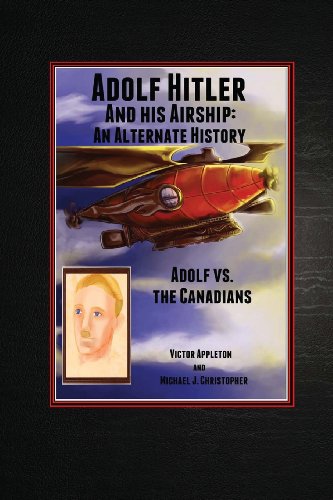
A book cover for Adolf Hitler and His Airship: An Alternate History: Adolf vs. the Canadians  Part 3 of the Hitler Chronicles; Victor Appleton; Literature & Fiction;